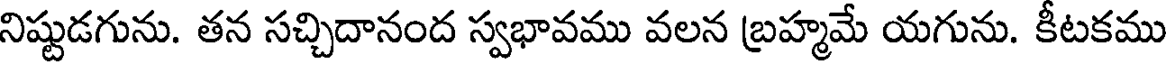
నిష్టుడగును. తన సచ్చిదానంద స్వభావము వలన బ్రహ్మమే యగును. కీటకము